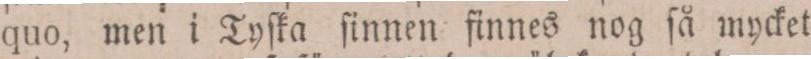
quo, men i Tyſka ſinnen finnes nog ſå mycket